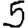
Digit: 5